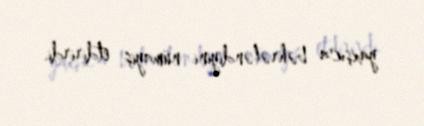
yaxşıca bəhrələndiyini nümayiş etdirirdi.